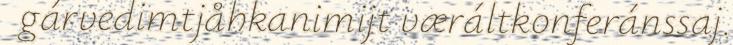
gárvedimtjåhkanimijt væráltkonferánssaj.